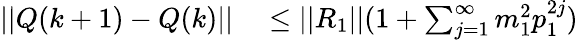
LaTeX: \begin{array}{rl}{\lvert|Q(k+1)-Q(k)\rvert|}&{{}\leq\lvert|R_{1}\rvert|(1+\textstyle\sum_{j=1}^{\infty}m_{1}^{2}p_{1}^{2j})}\end{array}